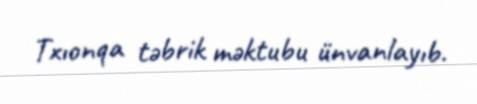
Txıonqa təbrik məktubu ünvanlayıb.